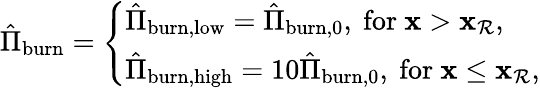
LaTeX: \begin{array}{r}{\hat{\Pi}_{\mathrm{burn}}=\left\{ \begin{array}{ll}{\hat{\Pi}_{\mathrm{burn},\mathrm{low}}=\hat{\Pi}_{\mathrm{burn},0},\mathrm{~for~}\mathbf{x}>\mathbf{x}_{\mathcal{R}},}\\ {\hat{\Pi}_{\mathrm{burn},\mathrm{high}}=10\hat{\Pi}_{\mathrm{burn},0},\mathrm{~for~}\mathbf{x}\le\mathbf{x}_{\mathcal{R}},}\end{array}\right.}\end{array}